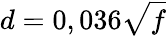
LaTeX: d=0,036\sqrt{f}